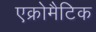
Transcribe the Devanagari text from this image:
एक्रोमैटिक